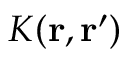
K ( { \bf r , r ^ { \prime } } )